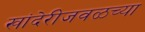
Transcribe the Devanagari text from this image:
खांदेरीजवळच्या